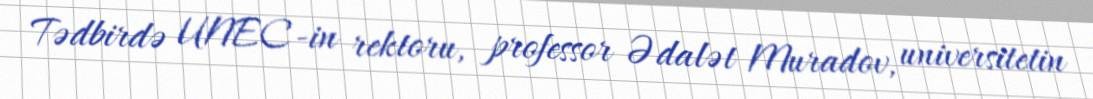
Tədbirdə UNEC-in rektoru, professor Ədalət Muradov, universitetin